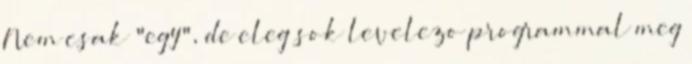
Nem csak "egy", de eleg sok levelezo programmal meg